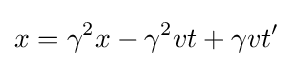
x=\gamma ^{2}x-\gamma ^{2}vt+\gamma vt'